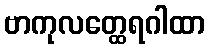
ဗာကုလတ္ထေရဂါထာ